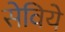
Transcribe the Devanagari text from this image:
सेविये